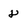
Character: 8